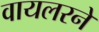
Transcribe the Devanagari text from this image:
वायलरने